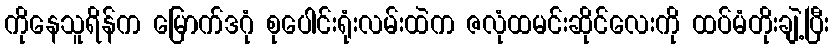
ကိုနေသူရိန်က မြောက်ဒဂုံ စုပေါင်းရုံးလမ်းထဲက ဇလုံထမင်းဆိုင်လေးကို ထပ်မံတိုးချဲ့ပြီး